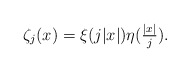
\begin{align*}\zeta_{j}(x)=\xi(j|x|)\eta(\tfrac{|x|}{j}).\end{align*}